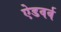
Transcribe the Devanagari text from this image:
ऐडवर्ब